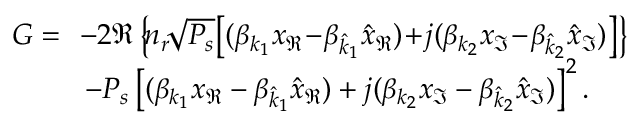
\begin{array} { r l } { G = \! } & { \! - 2 \Re \left\{ \! n _ { r } \! \sqrt { P _ { s } } \! \left[ ( \beta _ { k _ { 1 } } x _ { \Re } \! - \! \beta _ { \hat { k } _ { 1 } } \hat { x } _ { \Re } ) \! + \! j ( \beta _ { { k } _ { 2 } } { x } _ { \Im } \! - \! \beta _ { \hat { k } _ { 2 } } \hat { x } _ { \Im } ) \right] \right\} } \\ & { - { P _ { s } } \left[ ( \beta _ { k _ { 1 } } x _ { \Re } - \beta _ { \hat { k } _ { 1 } } \hat { x } _ { \Re } ) + j ( \beta _ { { k } _ { 2 } } { x } _ { \Im } - \beta _ { \hat { k } _ { 2 } } \hat { x } _ { \Im } ) \right] ^ { 2 } . } \end{array}